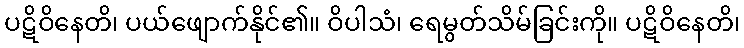
ပဋိဝိနေတိ၊ ပယ်ဖျောက်နိုင်၏။ ဝိပါသံ၊ ရေမွတ်သိမ်ခြင်းကို။ ပဋိဝိနေတိ၊